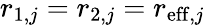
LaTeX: r_{1,j}=r_{2,j}=r_{\mathrm{eff},j}